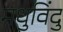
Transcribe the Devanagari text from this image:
मधुविंदु